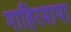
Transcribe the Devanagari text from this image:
गाहिरमाथा